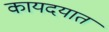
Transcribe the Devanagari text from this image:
कायदयात